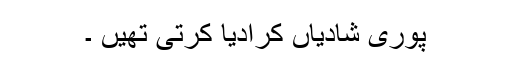
پوری شادیاں کرادیا کرتی تھیں ۔